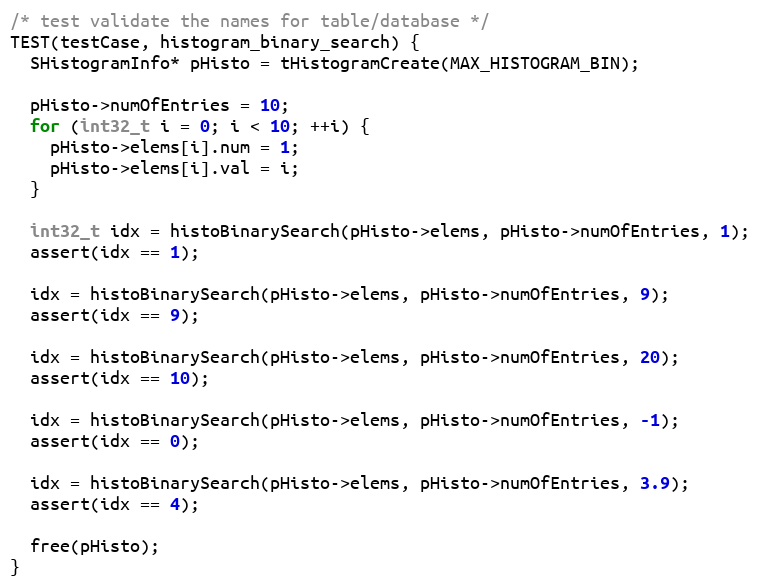
Language: C++
/* test validate the names for table/database */
TEST(testCase, histogram_binary_search) {
  SHistogramInfo* pHisto = tHistogramCreate(MAX_HISTOGRAM_BIN);

  pHisto->numOfEntries = 10;
  for (int32_t i = 0; i < 10; ++i) {
    pHisto->elems[i].num = 1;
    pHisto->elems[i].val = i;
  }

  int32_t idx = histoBinarySearch(pHisto->elems, pHisto->numOfEntries, 1);
  assert(idx == 1);

  idx = histoBinarySearch(pHisto->elems, pHisto->numOfEntries, 9);
  assert(idx == 9);

  idx = histoBinarySearch(pHisto->elems, pHisto->numOfEntries, 20);
  assert(idx == 10);

  idx = histoBinarySearch(pHisto->elems, pHisto->numOfEntries, -1);
  assert(idx == 0);

  idx = histoBinarySearch(pHisto->elems, pHisto->numOfEntries, 3.9);
  assert(idx == 4);

  free(pHisto);
}